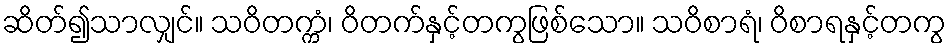
ဆိတ်၍သာလျှင်။ သဝိတက္ကံ၊ ဝိတက်နှင့်တကွဖြစ်သော။ သဝိစာရံ၊ ဝိစာရနှင့်တကွ